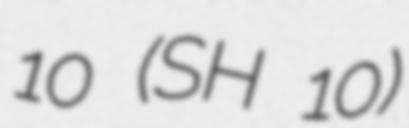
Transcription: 10 (SH 10)